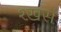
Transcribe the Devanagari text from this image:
श्ख़स